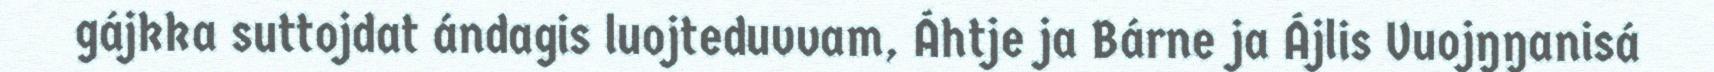
gájkka suttojdat ándagis luojteduvvam, Áhtje ja Bárne ja Ájlis Vuojŋŋanisá